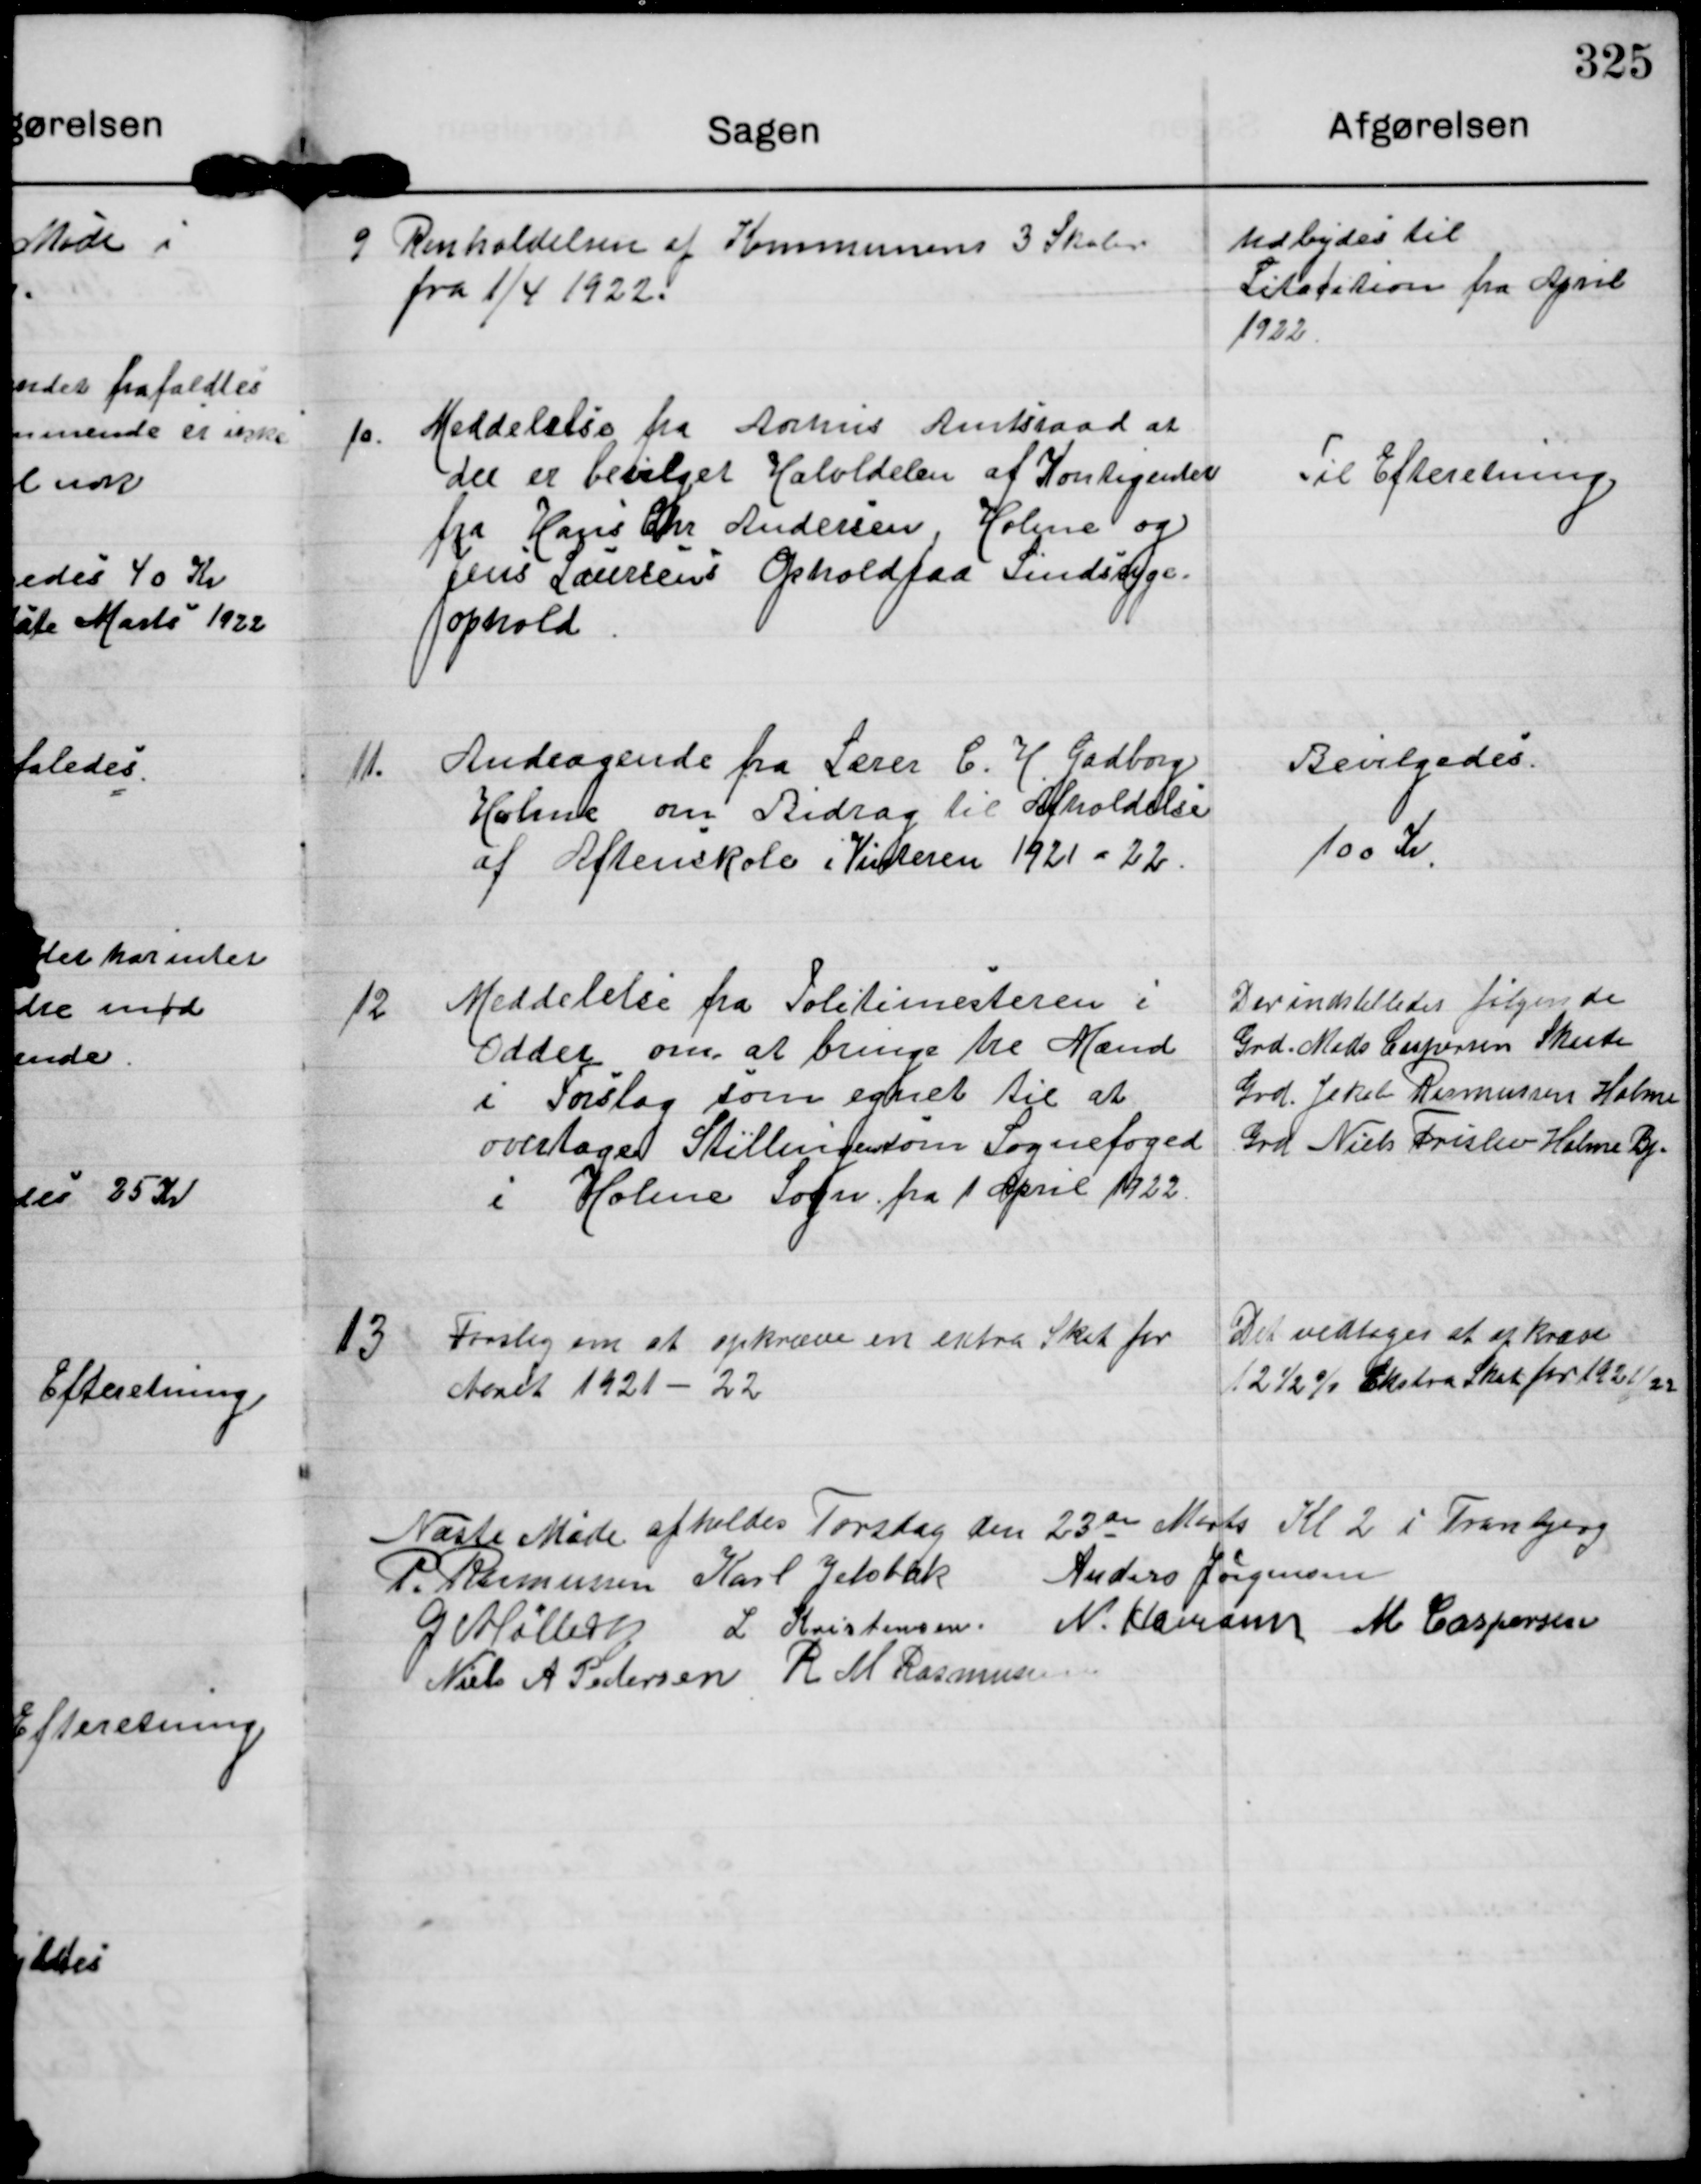
Transskription:
9 Renholdelsen af Kommunens 3 Skoler
fra 1/4 1922.

Udbydes til
Litatation fra April
1922.

10. Meddelelse fra Aahus Amtsraad at
der er bevilget Halvdelen af Kontigenter
fra Hans Chr Andersen, Holme og
Jens Laursens Ophold paa Sindssyge-
ophold.

Til Efteretning.

11. Andragende fra Lærer C. H. Gadborg
Holme om Bidrag til Afholdelse
af Aftenskole i Vinteren 1921-22

Bevilgedes
100 Kr

12 Meddelelse fra Politimester i
Odder om at bringe tre Mand
i Forslag som egnet til at
overtage Stillingen som Sognefoged
i Holme Sogn fra 1 April 1922

Der indstilledes følgende
Grd Mads Caspersen Skaade
Grd Jakob Rasmussen Holme
Grd Niels Frislev Holme Bj.

13. Forslag om at opkræve en extra Skat for
Aaret 1921-22

Der vedtoges at opkræve
12 ½ % Ekstra Skat for 1921/22

Næste Møde afholdes Torsdag den 23de Marts Kl 2 i Tranbjerg

P. Rasmussen Karl Jelsbak Anders Jørgensen
G Møller L Kristensen N. Hamann M Caspersen
Niels A Pedersen R M Rasmussen